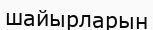
шайырларын